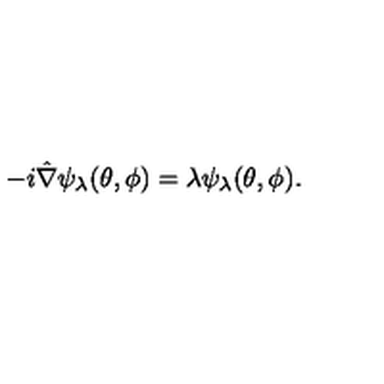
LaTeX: - i \hat { \nabla } \psi _ { \lambda } ( \theta , \phi ) = \lambda \psi _ { \lambda } ( \theta , \phi ) .